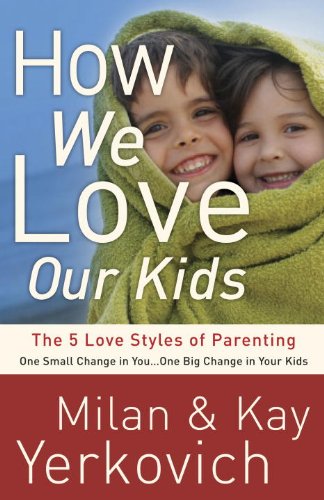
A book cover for How We Love Our Kids: The Five Love Styles of Parenting; Milan Yerkovich; Christian Books & Bibles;